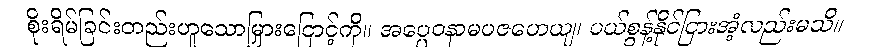
စိုးရိမ်ခြင်းတည်းဟူသောမြှားငြောင့်ကို။ အပ္ပေဝနာမပဇဟေယျ၊ ပယ်စွန့်နိုင်ငြားအံ့လည်းမသိ။